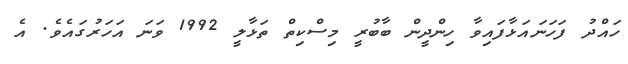
ހައްދު ފަހަނައަޅާފައިވާ ހިންދީން ބާބުރީ މިސްކިތް ތަޅާލީ 1992 ވަނަ އަހަރުގައެވެ. އެ